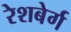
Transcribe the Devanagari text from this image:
रेशबेर्ग